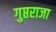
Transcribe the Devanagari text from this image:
गुप्तराजा